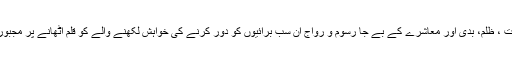
غریبی جہالت ، ظلم، بدی اور معاشرے کے بے جا رسوم و رواج ان سب برائیوں کو دور کرنے کی خواہش لکھنے والے کو قلم اٹھانے پر مجبور کرتی ہے۔